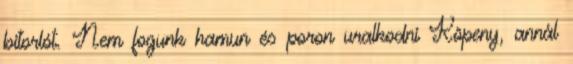
bitorlót. Nem fogunk hamun és poron uralkodni Köpeny, annál